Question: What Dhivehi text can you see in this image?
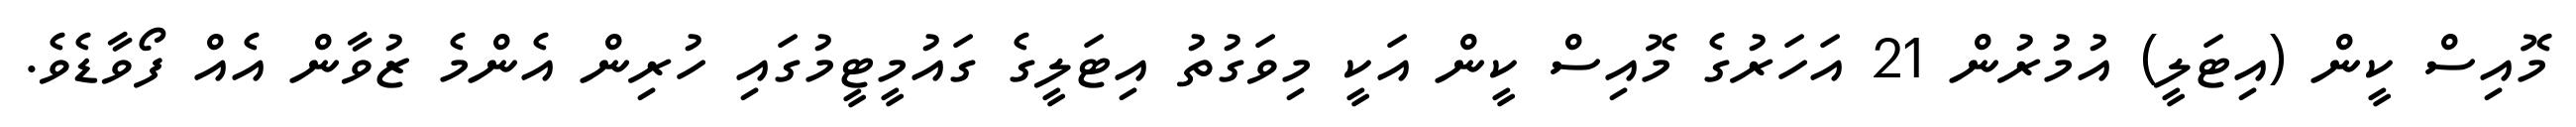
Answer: މޮއިސް ކީން (އިޓަލީ) އުމުރުން 21 އަހަރުގެ މޮއިސް ކީން އަކީ މިވަގުތު އިޓަލީގެ ގައުމީޓީމުގައި ހުރިން އެންމެ ޒުވާން އެއް ފޯވާޑެވެ.